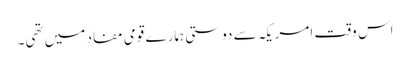
اس وقت امریکہ سے دوستی ہمارے قومی مفاد میں تھی۔